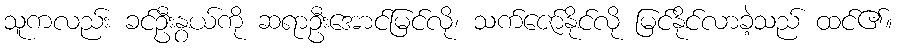
သူကလည်း ခင်ဦးနွယ်ကို ဆရာဦးအောင်မြင်လို၊ သက်ဇော်နိုင်လို မြင်နိုင်လာခဲ့သည် ထင်၏။